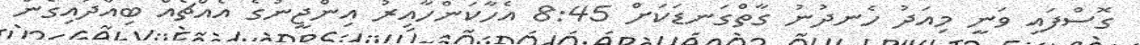
ގޮސްފައި ވަނީ މިއަދު ހެނދުނު ގާތްގަނޑަކަށް 8:45 އެހާކަންހާއިރު އިންޖީނުގެ އެއްޗެއް ބިއްދައިގެން